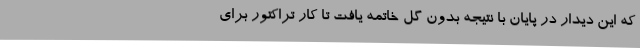
که این دیدار در پایان با نتیجه بدون گل خاتمه یافت تا کار تراکتور برای